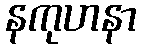
နကုဟနာ